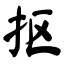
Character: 抠